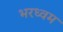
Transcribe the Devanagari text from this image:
भरध्वम